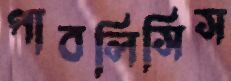
পাবলিসিস